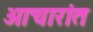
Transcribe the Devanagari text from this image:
आचारांत